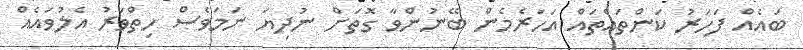
ބައެއް ފަހަރު ކަންތައްތައް އަހަރެމެން ބޭނުންވާ ގޮތަށް ނުދިޔަ ނަމަވެސް ހިތްވަރު އެލުވައެއް